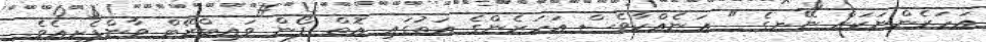
އަހަރެންނަކަށް ނޭނގެ " އަނެއްކާވެސް އަހަރެންގެ އަތުގައި އޮތް ފޯން ވައިބްރޭޓް ވާންފެށިއެވެ.